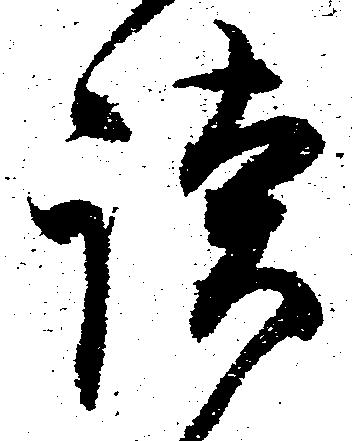
談